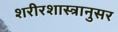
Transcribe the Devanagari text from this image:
शरीरशास्त्रानुसर